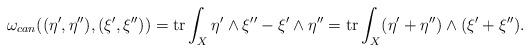
LaTeX: \begin{align*} \omega_{can}((\eta',\eta''),(\xi',\xi''))=\textrm{tr}\int_X \eta'\wedge \xi''-\xi'\wedge\eta'' =\textrm{tr}\int_X(\eta'+\eta'')\wedge (\xi'+\xi'').\end{align*}